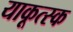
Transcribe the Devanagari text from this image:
याकूत्स्क